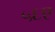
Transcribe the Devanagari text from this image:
५६ए